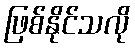
ဖြစ်နိုင်သလို